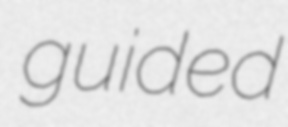
guided